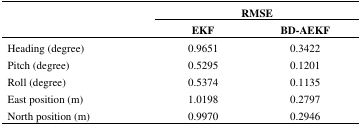
| <ROWSPAN=3>  | <COLSPAN=2> RMSE |
 | EKF | BD-AEKF |
 | --- | --- | --- |
 | Heading (degree) | 0.9651 | 0.3422 |
 | Pitch (degree) | 0.5295 | 0.1201 |
 | Roll (degree) | 0.5374 | 0.1135 |
 | East position (m) | 1.0198 | 0.2797 |
 | North position (m) | 0.9970 | 0.2946 |